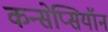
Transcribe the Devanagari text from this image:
कन्सेप्सियॉन